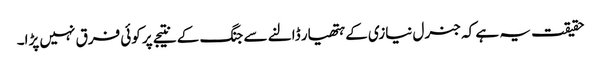
حقیقت یہ ہے کہ جنرل نیازی کے ہتھیار ڈالنے سے جنگ کے نتیجے پر کوئی فرق نہیں پڑا۔